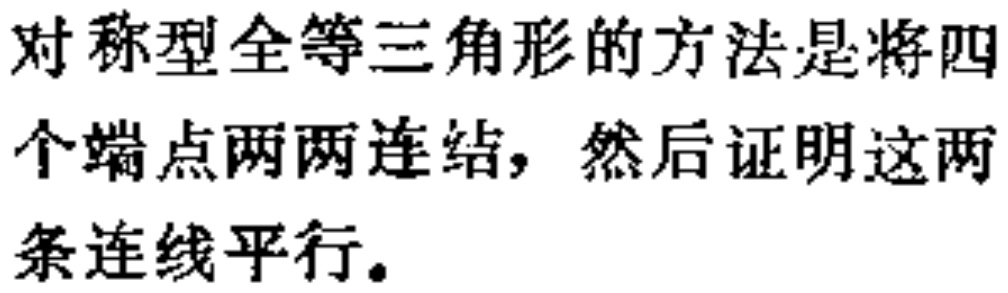
对称型全等三角形的方法是将四个端点两两连结，然后证明这两条连线平行。